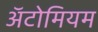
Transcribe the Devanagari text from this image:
अॅटोमियम